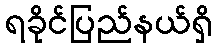
ရခိုင်ပြည်နယ်ရှိ